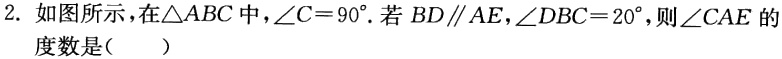
2. 如图所示，在\(\triangle ABC\)中，\(\angle C = 90^{\circ}\). 若\(BD\parallel AE\)，\(\angle DBC = 20^{\circ}\)，则\(\angle CAE\)的度数是（  ）